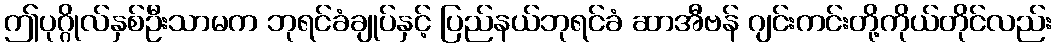
ဤပုဂ္ဂိုလ်နှစ်ဦးသာမက ဘုရင်ခံချုပ်နှင့် ပြည်နယ်ဘုရင်ခံ ဆာအီဗန် ဂျင်းကင်းတို့ကိုယ်တိုင်လည်း